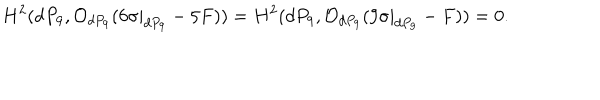
H ^ { 2 } ( d P _ { 9 } , { \cal O } _ { d P _ { 9 } } ( 6 \sigma | _ { d P _ { 9 } } - 5 F ) ) = H ^ { 2 } ( d P _ { 9 } , { \cal O } _ { d P _ { 9 } } ( 9 \sigma | _ { d P _ { 9 } } - F ) ) = 0 .